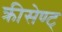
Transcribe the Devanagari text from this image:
क्रीसेण्ट्